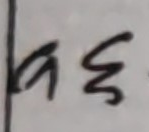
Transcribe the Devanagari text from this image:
५६